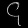
Digit: ၄